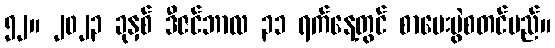
၅၂။ ၂၀၂၃ ခုနှစ် ဒီဇင်ဘာလ ၃၁ ရက်နေ့တွင် စာမေးပွဲစတင်မည်။